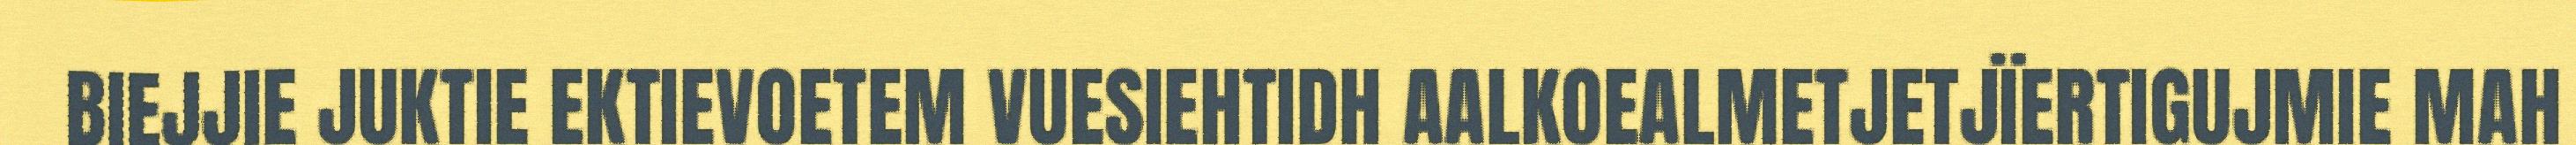
BIEJJIE JUKTIE EKTIEVOETEM VUESIEHTIDH AALKOEALMETJETJÏERTIGUJMIE MAH